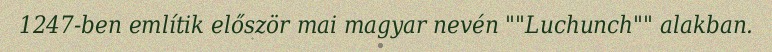
1247-ben említik először mai magyar nevén ""Luchunch"" alakban.